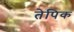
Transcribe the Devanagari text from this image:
तेपिक